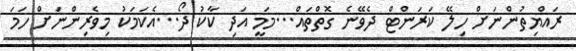
ރައްޔިތުންނަށް ހިލޭ ކަރަންޓް ދެވޭނެ ގޮތްތައް...މަމީ އަދި ކާކު ދޯ...އެކަމަކު މިވެރިންނަށް ހަމަ